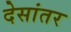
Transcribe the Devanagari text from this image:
देसांतर